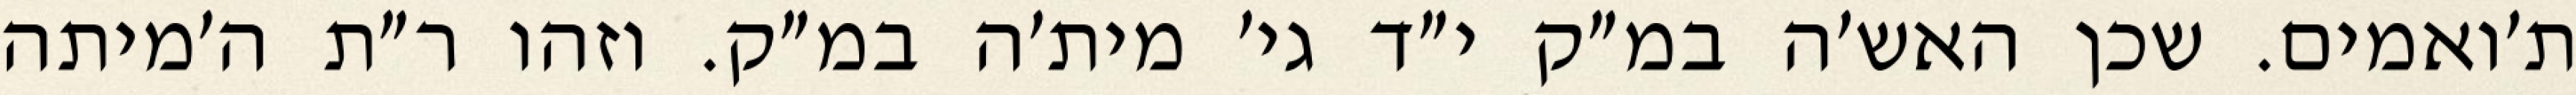
ת׳ואמים. שכן האש׳ה במ״ק י״ד גי׳ מית׳ה במ״ק. וזהו ר״ת ה׳מיתה